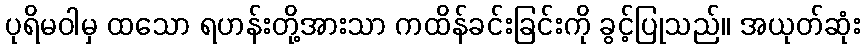
ပုရိမဝါမှ ထသော ရဟန်းတို့အားသာ ကထိန်ခင်းခြင်းကို ခွင့်ပြုသည်။ အယုတ်ဆုံး